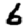
Digit: 6